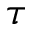
\tau